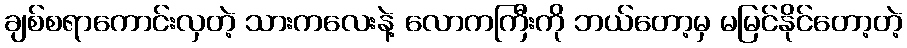
ချစ်စရာကောင်းလှတဲ့ သားကလေးနဲ့ လောကကြီးကို ဘယ်တော့မှ မမြင်နိုင်တော့တဲ့